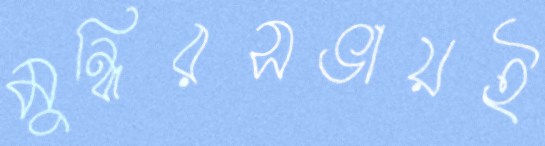
মুন্নিরসভায়ই